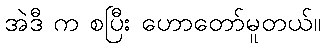
အဲဒီ က စပြီး ဟောတော်မူတယ်။